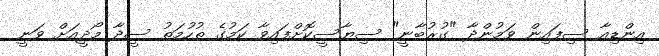
އިންޑިއާ ސިފައިން ވަމުންދާ "ގުރުބާނީ" ސިޔާސީކޮށްފައިވާ ކަމުގެ ތުހުމަތު ސީދާ މޯދީއަށް ވަނީ